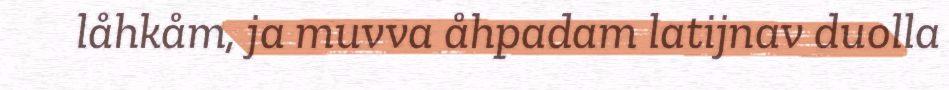
låhkåm, ja muvva åhpadam latijnav duolla